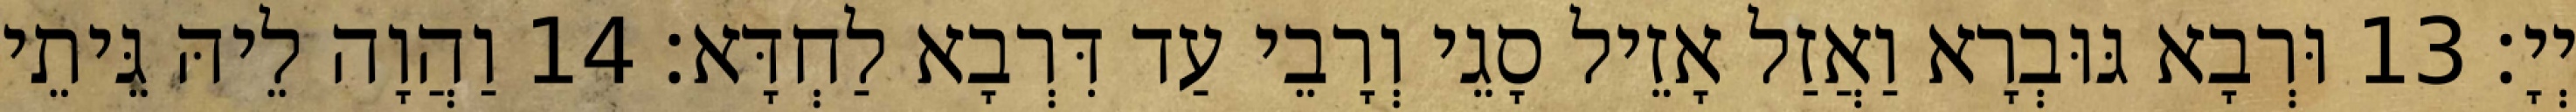
יְיָ׃ 13 וּרְבָא גּוּבְרָא וַאֲזַל אָזֵיל סָגֵי וְרָבֵי עַד דִּרְבָא לַחְדָּא׃ 14 וַהֲוָה לֵיהּ גֵּיתֵי